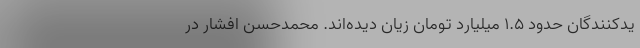
یدکنندگان حدود 1.5 میلیارد تومان زیان دیده‌اند. محمدحسن افشار در